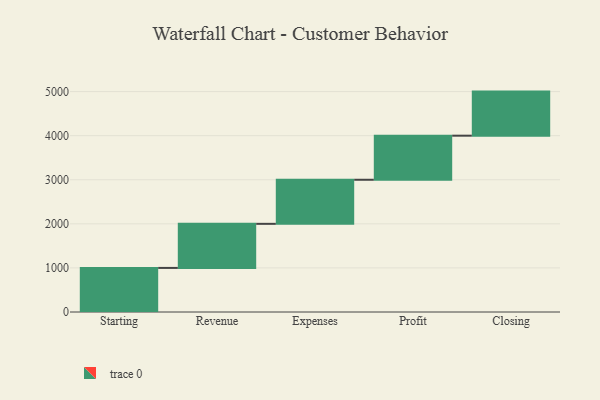
{"axis": {"x": "Step", "y": "Value"}, "legend": [""], "data": [{"x": "Starting", "y": 1000, "type": ""}, {"x": "Revenue", "y": 1000, "type": ""}, {"x": "Expenses", "y": 1000, "type": ""}, {"x": "Profit", "y": 1000, "type": ""}, {"x": "Closing", "y": 1000, "type": ""}]}